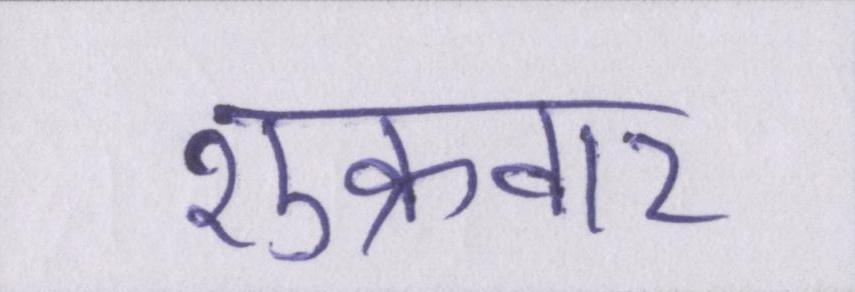
शुक्रवार